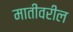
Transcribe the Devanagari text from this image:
मातीवरील